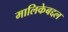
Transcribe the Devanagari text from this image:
मालिकेबद्दल